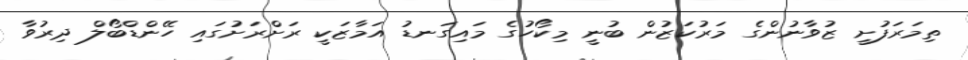
ތިމަރަފުށީ ޒުވާނުންގެ މަރުކަޒުން ބުނީ މިކޯހުގެ މައިގަނޑު އަމާޒަކީ ރަށްރަށުގައި ހޭންޑްބޯލް ދިރުވާ